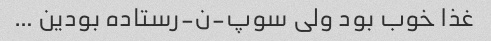
غذا خوب بود ولی سوپ-ن-رستاده بودین …